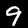
Digit: 9